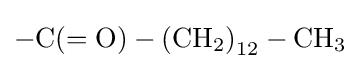
\mathrm {-C(=O)-\left(CH_{2}\right)_{12}-CH_{3}}